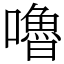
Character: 嚕